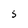
Character: S